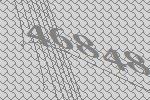
46848